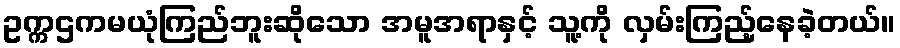
ဥက္ကဌကမယုံကြည်ဘူးဆိုသော အမူအရာနှင့် သူ့ကို လှမ်းကြည့်နေခဲ့တယ်။